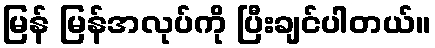
မြန် မြန်အလုပ်ကို ပြီးချင်ပါတယ်။